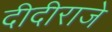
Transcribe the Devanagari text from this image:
दीदीराजे